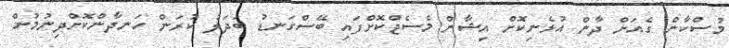
މުސްކާން ގެއަށް ދާން އުޅެނިކޮށް އިޝާން މެސެޖްކޮށްފައި ބޭސްގަނޑު ބަދަލު ކުރަން ހަނދާންކޮށްދިނުމުން